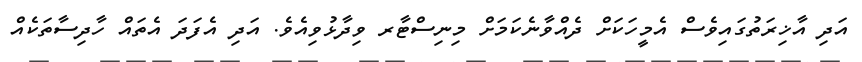
އަދި އާޚިރަތުގައިވެސް އެމީހަކަށް ދެއްވާނެކަމަށް މިނިސްޓާރ ވިދާޅުވިއެވެ. އަދި އެފަދަ އެތައް ހާދިސާތަކެއް